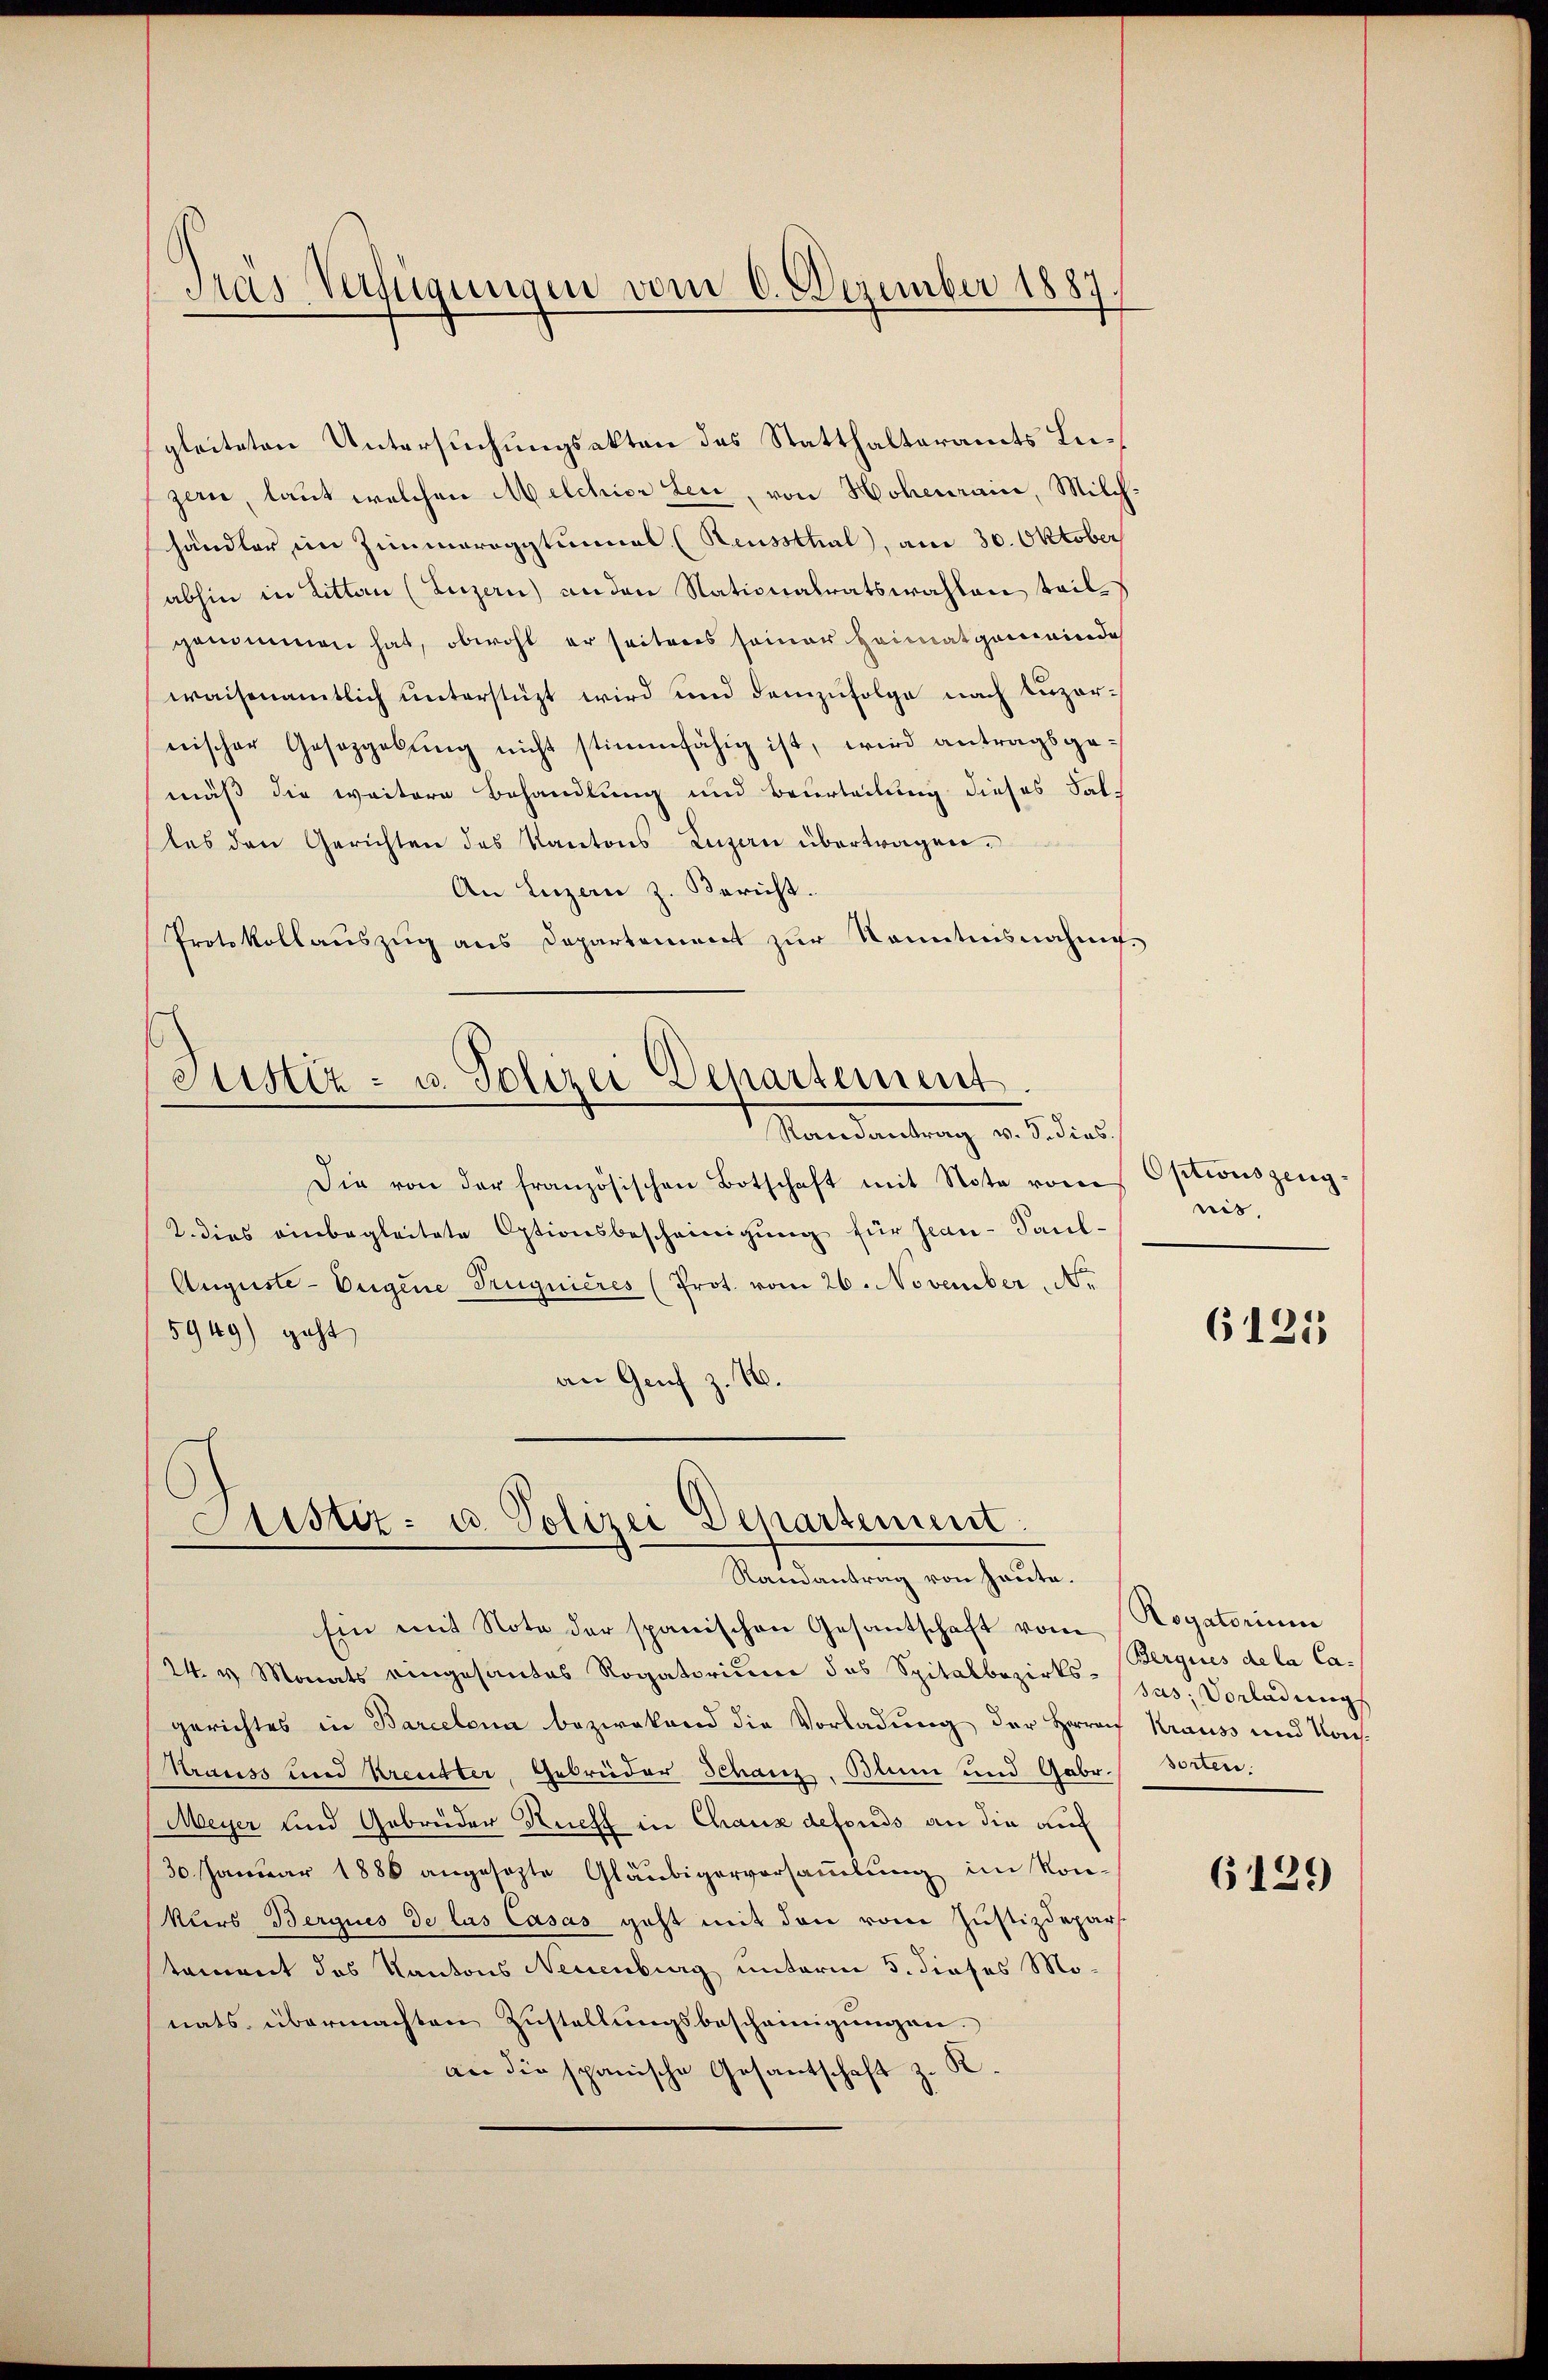
das Verfügungen vom 6. Dezember 1887.

gleiteten Untersuchungsakten des Statthalteramts Luzern, laut welchen Melchior Leu, von Hohenraine, Milchhändler im Zimmerogytunal (Reussthal, am 30. Oktober
abhin in Litten (Luzern) anden Nationalratswahlen tailgenommen hat, obwohl er seiteres seiner Heimatgemeinde
waisenamtlich unterstüzt wird und demzufolge nach Luzernischer Gesetzgebung nicht stimmfähig ist, wird antragsgemäß die weitere Behandlung und Beurteilung dieses Faltes den Gerichten des Kantons Luzern übertragen.
An Luzern z. Bericht.
Protokollauszug aus Departement zur Kenntnisnahms¬

Stistiz- u. Polizei Departement.
Mandantung an seien

Die von der französischen Botschaft mit Note von
2. dies einbegleitete Optionsbescheinigŭng für Jean-Saul-
Auguste- Eugene Truguieres (Prot. vom 26. November Nr.
5949) geht
an Genf z. 16.

Sistiz- u. Polizei Departement
Randantrag von heute.

Ein mit Note der spanischen Gesantschaft vom Rogatorium
24. v. Monats eingesantes Rogatorium das Spitalbezirks- (jus. Vorladungs
gerichtes in Barcelona bezwekend die Vorladung der Herauf Krauss und Kons-
Strauss und Kreutter, Gebrüder Schanz. Blum und Gabr. Sorten.
Meyer und Gebrüder Richt in Chaus defonds an die auc
30. Januar 1888 angesezte Gläubigerversammlung im Kon-
Kurs Bergues de las Casas geht mit den vom Justizdepar
tament des Kantons Neuenburg unterm 5. dieses Monats übermachten Zustellungsbescheinigungen.
an die spanische Gesantschaft z. R.

Optionszeugnis.

6121

(Berques de la Ca-

6129